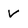
Character: v